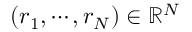
( r _ { 1 } , \cdots , r _ { N } ) \in \mathbb { R } ^ { N }